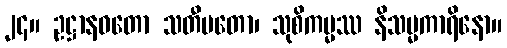
၂၄။ ဥဋ္ဌာနဝတော သတီမတော၊ သုစိကမ္မဿ နိသမ္မကာရိနော။